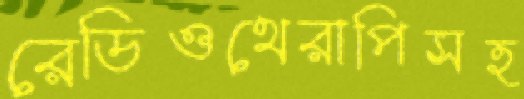
রেডিওথেরাপিসহ